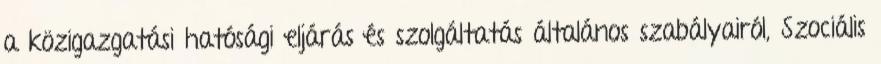
a közigazgatási hatósági eljárás és szolgáltatás általános szabályairól, Szociális